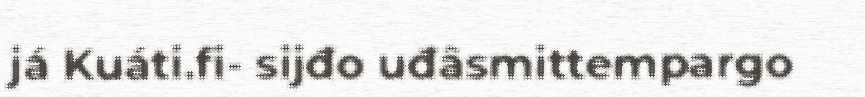
já Kuáti.fi- sijđo uđâsmittempargo